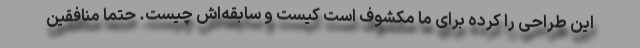
این طراحی را کرده برای ما مکشوف است کیست و سابقه‌اش چیست. حتما منافقین